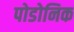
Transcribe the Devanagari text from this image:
पोडोनिक